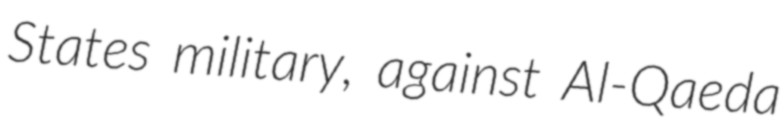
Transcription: States military, against Al-Qaeda